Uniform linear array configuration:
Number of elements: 64
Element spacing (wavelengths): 0.5
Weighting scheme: blackman
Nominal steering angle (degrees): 45
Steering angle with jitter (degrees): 46.018
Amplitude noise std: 0.05
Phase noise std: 0.05

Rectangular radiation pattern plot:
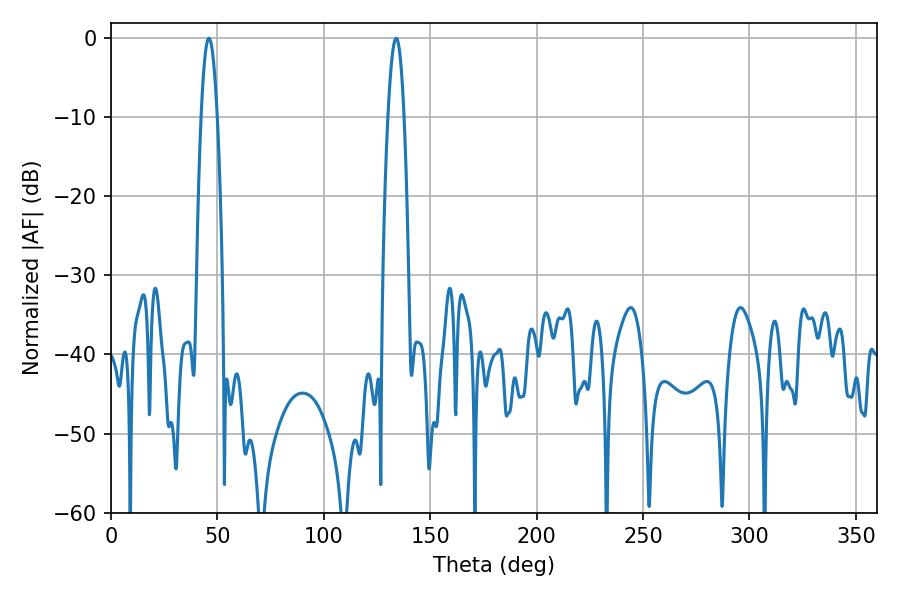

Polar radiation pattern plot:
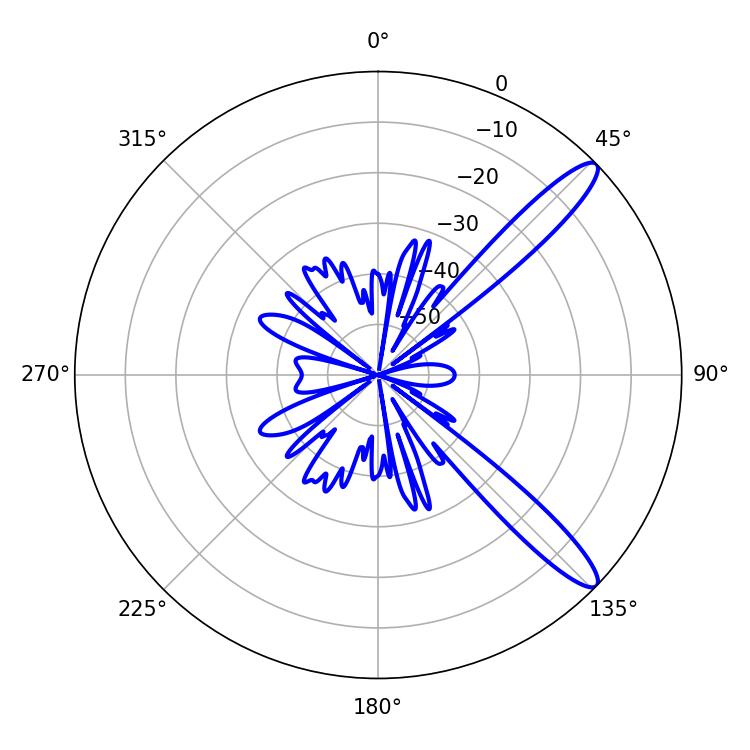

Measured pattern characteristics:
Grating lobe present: FALSE
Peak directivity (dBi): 12.472
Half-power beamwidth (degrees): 4.14
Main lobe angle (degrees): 133.92